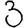
Digit: 3